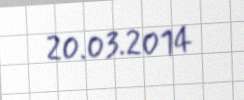
20.03.2014